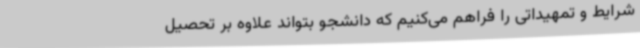
شرایط و تمهیداتی را فراهم می‌کنیم که دانشجو بتواند علاوه بر تحصیل